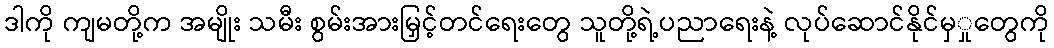
ဒါကို ကျမတို့က အမျိုး သမီး စွမ်းအားမြှင့်တင်ရေးတွေ သူတို့ရဲ့ပညာရေးနဲ့ လုပ်ဆောင်နိုင်မှှုတွေကို